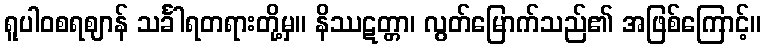
ရူပါဝစရဈာန် သင်္ခါရတရားတို့မှ။ နိဿဋတ္တာ၊ လွတ်မြောက်သည်၏ အဖြစ်ကြောင့်။